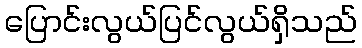
ပြောင်းလွယ်ပြင်လွယ်ရှိသည်